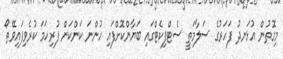
މިގޮތުން އުޅަނދު ފަހަރުގެ ސަލާމަތީ ސެޓްފިކެޓްގައި ބަޔާންކޮށްފައި ހުންނަ ކަންކަން ފުރިހަމަ ކުރެވިފައިވޭތޯ